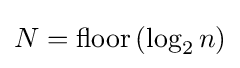
N=\operatorname {floor} \left(\log _{2}n\right)